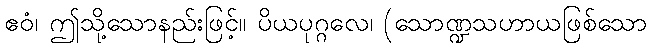
ဧဝံ၊ ဤသို့သောနည်းဖြင့်။ ပိယပုဂ္ဂလေ၊ (သောဏ္ဍသဟာယဖြစ်သော